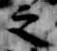
之